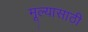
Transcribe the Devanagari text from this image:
मूल्यासाठी